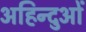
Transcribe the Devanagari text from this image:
अहिन्दुओं